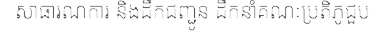
សាធារណការ និងដឹកជញ្ជូន ដឹកនាំគណៈប្រតិភូជួប